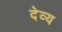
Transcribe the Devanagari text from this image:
देव्य